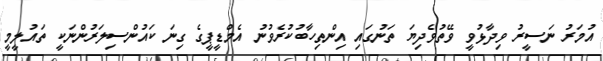
އުމަރު ނަސީރު ވިދާޅުވީ ވޭތުވެދިޔަ ތަނުގައި އިންތިހާބުކުރެވުނު އެމްޑީޕީގެ ގިނަ ކައުންސިލަރުންނަކީ ތައުލީމީ